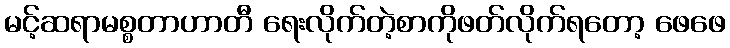
မင့်ဆရာမစ္စတာဟာတီ ရေးလိုက်တဲ့စာကိုဖတ်လိုက်ရတော့ ဖေဖေ